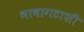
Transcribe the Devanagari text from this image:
भाषागटाशी